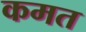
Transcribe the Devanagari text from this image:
कमत